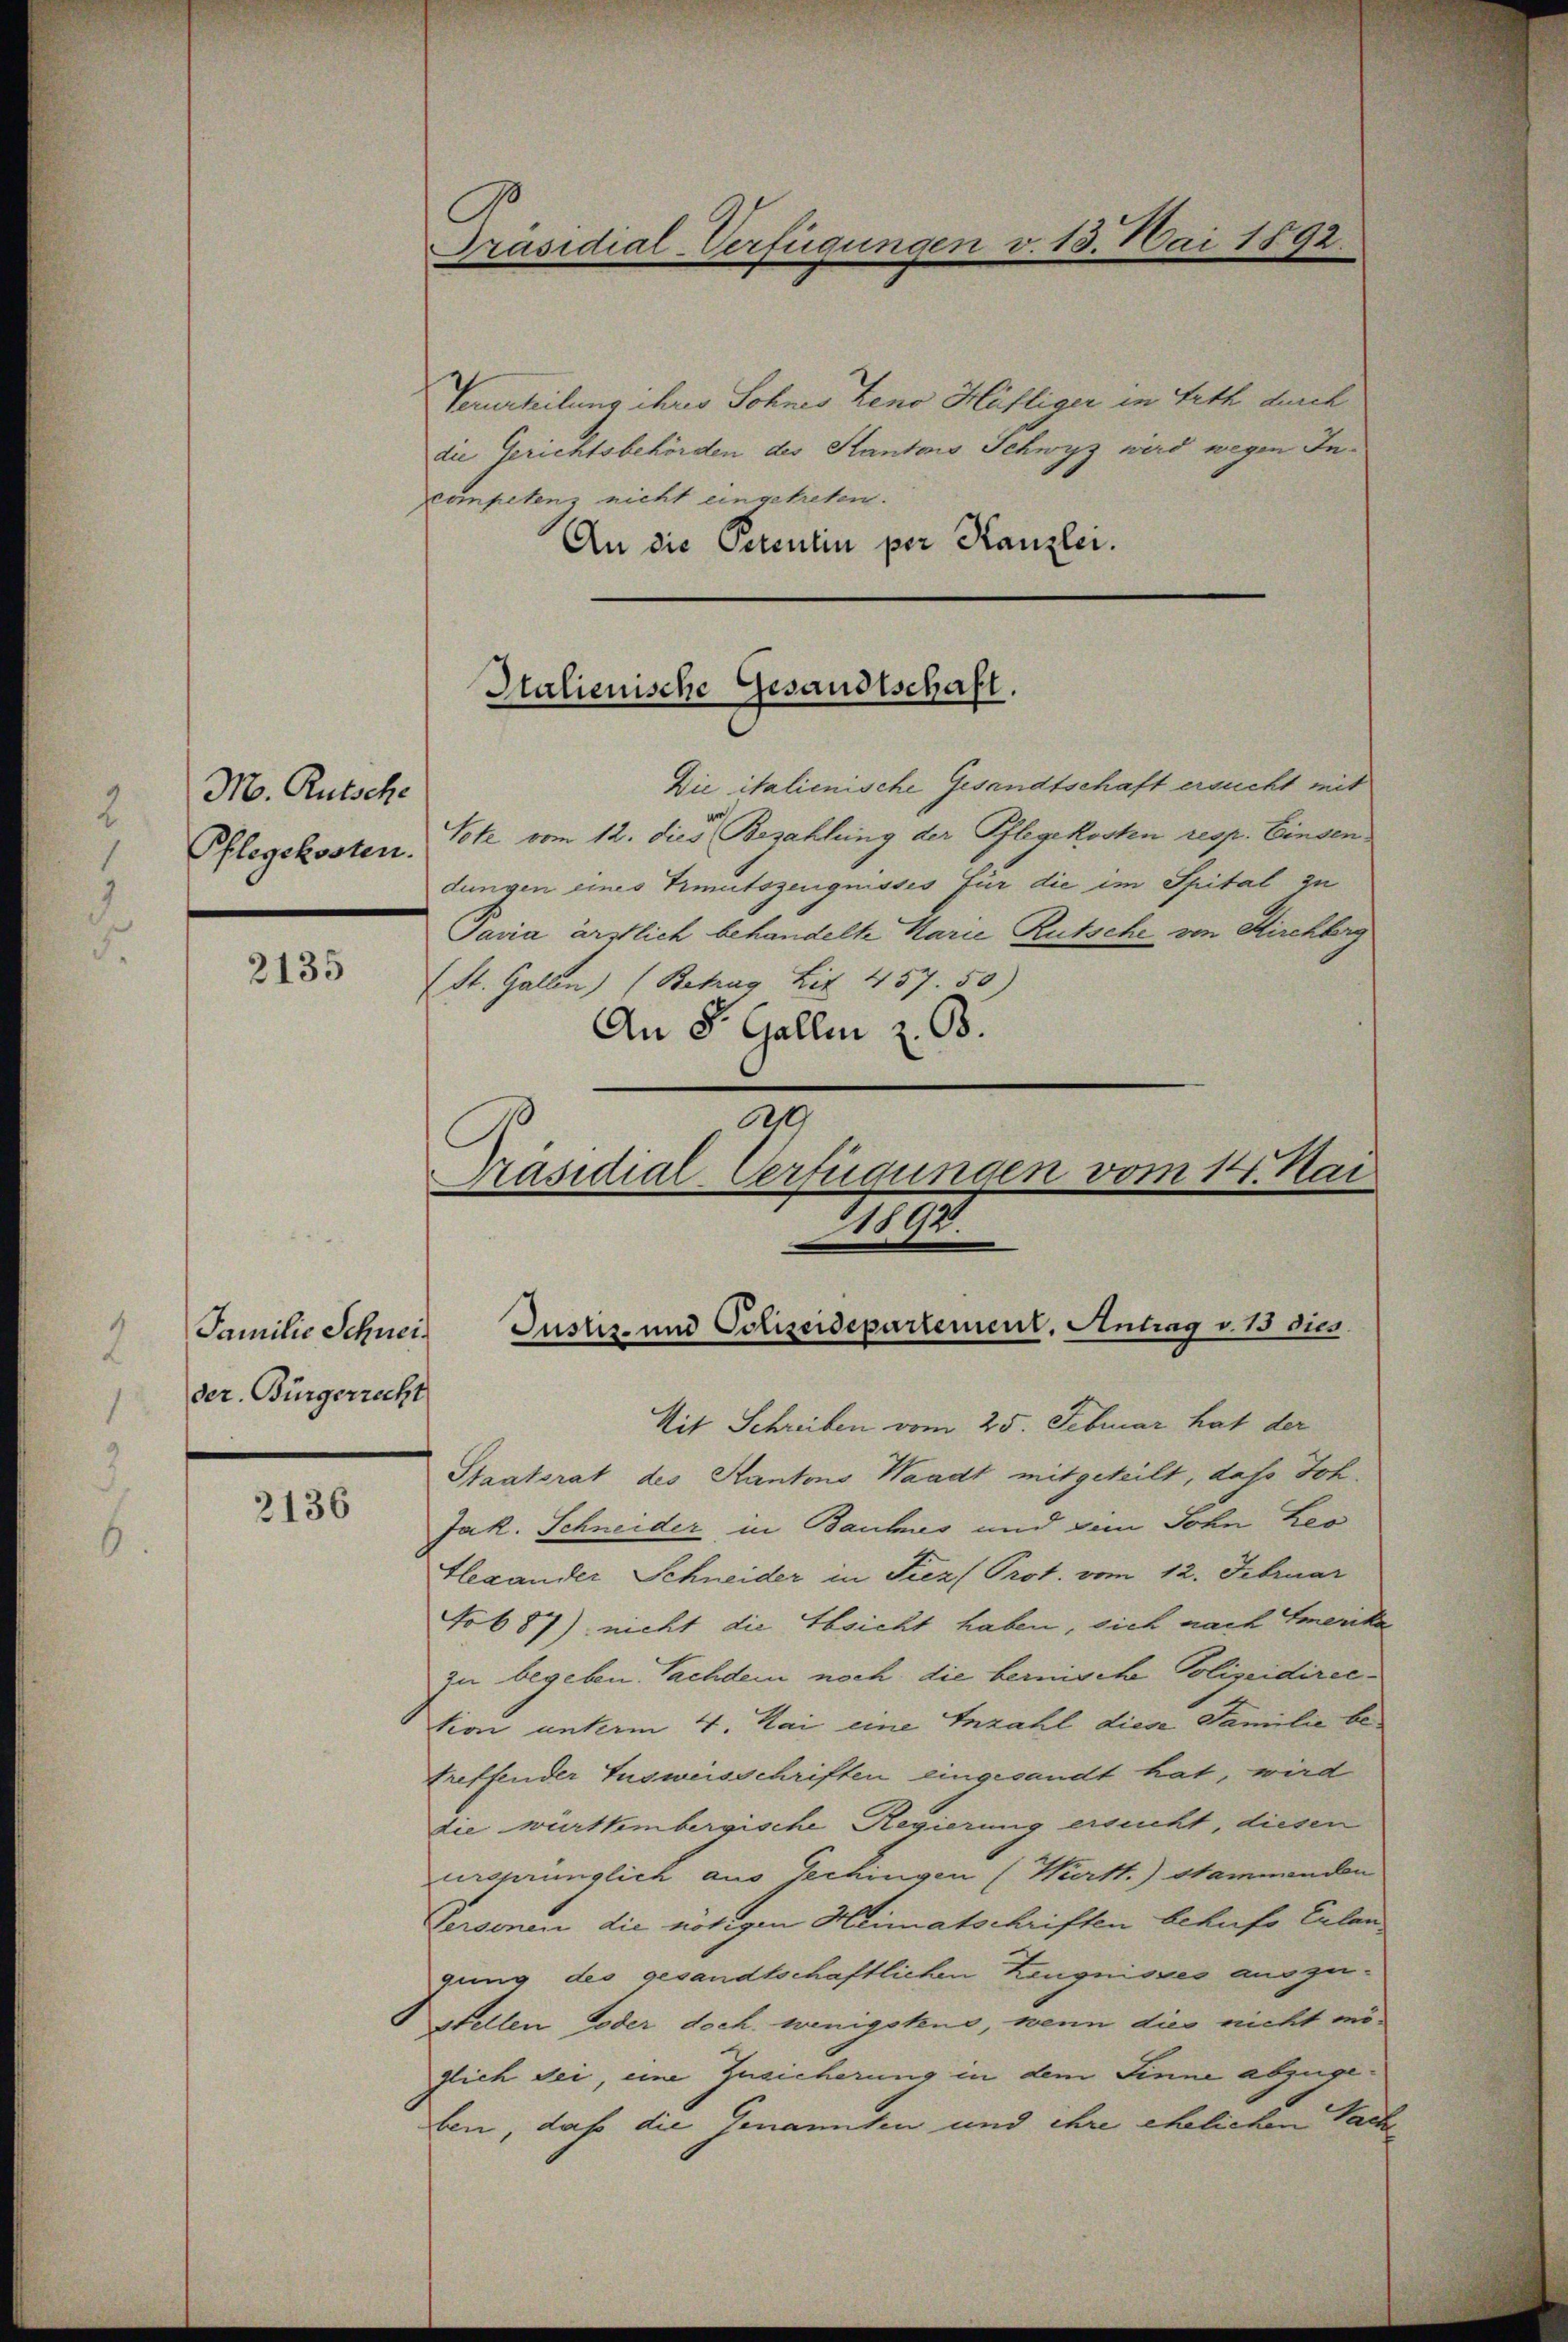
M. Rutsche
Pflegekosten.

2135

Familie Schneider. Bürgerrecht

2136

Verurteilung ihres Sohnes Zeno Häfliger in Arth durch
die Gerichtsbehörden des Kantons Schwyz wird wegen Incompetenz nicht eingetreten.
An die Petentin per Kanzlei.

C
Präsidial-Verfügungen v. 13. Mai 1892.

Halienische Gesandtschaft.

Die italienische Gesandtschaft ersucht mit
Vote vom 12. dies Bezahlung der Pflegekosten resp. Einsen
dungen eines Trimutszeugnisses für die im Spital zu
Pasia ärstlich behandelte Karie Rutsche von Kirchberg
(St. Gallen) (Betrag Lit. 457. 50)
An St. Gallen z. B.

a
Präsidial-Verfügungen vom 14. Mai
11111.
Justiz- und Polizeidepartement. Antrag v. 15 dies

Mit Schreiben vom 25. Februar hat der
Staatsrat des Kantons Waadt mitgeteilt, das Joh.
Jak. Schneider in Bauhes und dem Sohn Leo
Hlexander Schneider in Fiez Prot. vom 12. Februar
Fob 87) nicht die Absicht haben, sich nach Emerika
zu begeben. Nachdem noch die bernische Polizeidirecsion unterm 4. Mai eine Inzahl dien Familie betreffender Ausweisschriften eingesandt hat, wird
die württembergische Regierung ersucht, diesen
ursprünglich aus Pechingen (Württ.) Stammenden
Personen die nötigen Heimatschriften behufs Erlan
gung des gesandtschaftlichen Zeugnisses auszustellen oder doch wenigstens, wenn dies nicht möglich sei, eine Zusicherung in dem Sinne abzugeben, daß die Genannten und ihre ehelichen Sach